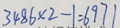
3 4 8 6 \times 2 - 1 = 6 9 7 1